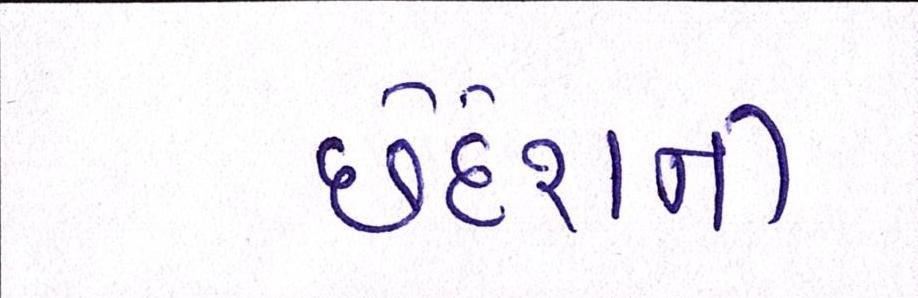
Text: છેદેશની